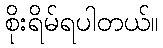
စိုးရိမ်ရပါတယ်။